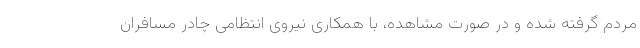
مردم گرفته شده و در صورت مشاهده، با همکاری نیروی انتظامی چادر مسافران